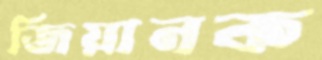
জিয়ানক